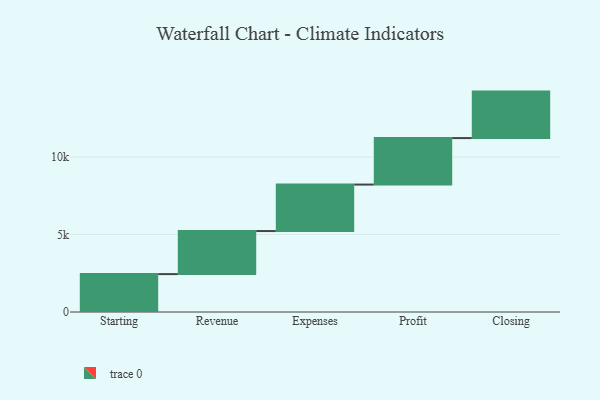
{"axis": {"x": "Step", "y": "Value"}, "legend": [""], "data": [{"x": "Starting", "y": 2445.0, "type": ""}, {"x": "Revenue", "y": 2779.0, "type": ""}, {"x": "Expenses", "y": 3000, "type": ""}, {"x": "Profit", "y": 3000, "type": ""}, {"x": "Closing", "y": 3000, "type": ""}]}